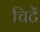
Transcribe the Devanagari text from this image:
चिटें